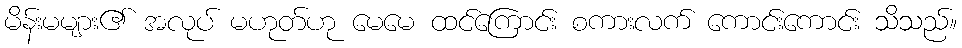
မိန်းမများ၏ အလုပ် မဟုတ်ဟု မေမေ ထင်ကြောင်း စကားလက် ကောင်းကောင်း သိသည်။